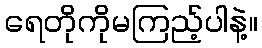
ရေတိုကိုမကြည့်ပါနဲ့။